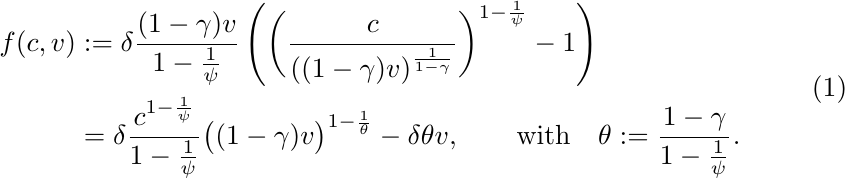
	\begin{equation}\label{f}
	\begin{split}
	f(c,v)&:=\delta\frac{(1-\gamma)v}{1-\frac{1}{\psi}}\left(\bigg(\frac{c}{((1-\gamma)v)^{\frac{1}{1-\gamma}}}\bigg)^{1-\frac{1}{\psi}}-1\right)\\
	&=\delta\frac{c^{1-\frac{1}{\psi}}}{1-\frac{1}{\psi}}\big((1-\gamma)v\big)^{1-\frac{1}{\theta}}-\delta\theta v,\qquad\text{with}\quad \theta := \frac{1-\gamma}{1-\frac{1}{\psi}}.
	\end{split}
	\end{equation}